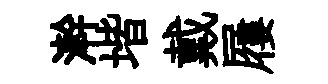
澣堦戴屨